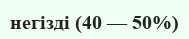
негізді (40 — 50%)